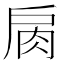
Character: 𢩌